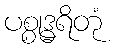
ပစ္စုဒ္ဓရိတုံ